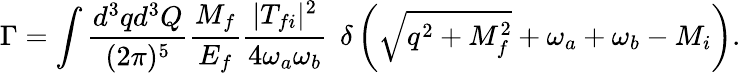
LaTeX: \Gamma=\int\frac{d^{3}qd^{3}Q}{(2\pi)^{5}}\frac{M_{f}}{E_{f}}\frac{|T_{fi}|^{2}}{4\omega_{a}\omega_{b}}\: \: \delta\left(\sqrt{q^{2}+M_{f}^{2}}+\omega_{a}+\omega_{b}-M_{i}\right).